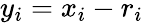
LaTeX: y_{i}=x_{i}-r_{i}